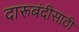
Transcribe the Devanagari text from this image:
दारूबंदीसाठी